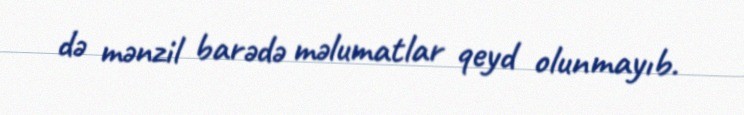
də mənzil barədə məlumatlar qeyd olunmayıb.